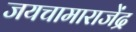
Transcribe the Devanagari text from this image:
जयचामाराजेंद्र